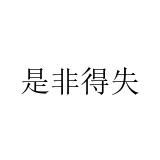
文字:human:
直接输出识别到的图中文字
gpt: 是非得失